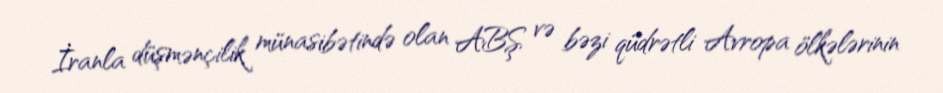
İranla düşmənçilik münasibətində olan ABŞ və bəzi qüdrətli Avropa ölkələrinin